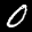
Label: 0